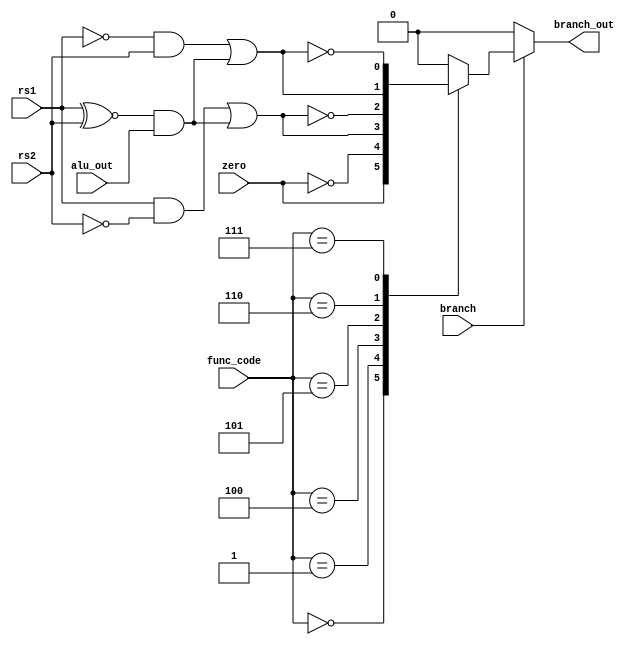
module riscv_branch #(
    parameter   WIDTH   = 32
) (
    input      			    		branch,
    input      		[2:0]   		func_code,
	input			            	alu_out,
	input							rs1,
	input							rs2,
	input							zero,
    output  reg   		    		branch_out
);

	wire    alu_out1	;
	wire    alu_out2	;
	assign  alu_out1		= (rs1&~rs2)|((rs1^~rs2)&alu_out)	;	//rs1 <  rs2
	assign  alu_out2		= (~rs1&rs2)|((rs1^~rs2)&alu_out)	;	//rs1 <  rs2(无符号数比较)
	always@(*) begin
		if(branch == 'b1)
			case(func_code)
				3'b000 	:branch_out = zero	; 
				3'b001	:branch_out = ~zero	;
				3'b100	:branch_out = alu_out1	;	
				3'b101	:branch_out = ~alu_out1	;
				3'b110 	:branch_out = alu_out2	; 
				3'b111 	:branch_out = ~alu_out2	;
			default     :branch_out = 'b0		;
			endcase
		else
			branch_out = 'b0					;
	end
endmodule